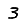
Digit: 3